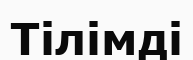
Тілімді